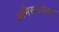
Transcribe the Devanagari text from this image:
अभिसमयकथा